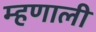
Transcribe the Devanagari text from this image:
म्‍हणाली